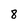
Character: 8